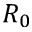
R _ { 0 }